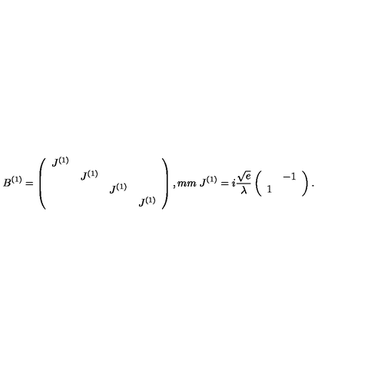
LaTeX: B ^ { ( 1 ) } = \left( \begin{array} { c c c c } { J ^ { ( 1 ) } } & { } & { } & { } \\ { } & { J ^ { ( 1 ) } } & { } & { } \\ { } & { } & { J ^ { ( 1 ) } } & { } \\ { } & { } & { } & { J ^ { ( 1 ) } } \\ \end{array} \right) , \makebox [ 3 m m ] { } J ^ { ( 1 ) } = i \frac { \sqrt { e } } { \lambda } \left( \begin{array} { c c } { } & { - 1 } \\ { 1 } & { } \\ \end{array} \right) .